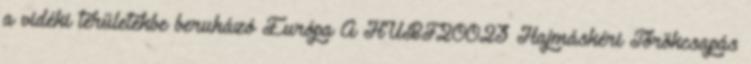
a vidéki területekbe beruházó Európa A HUBF20023 Hajmáskéri Törökcsapás